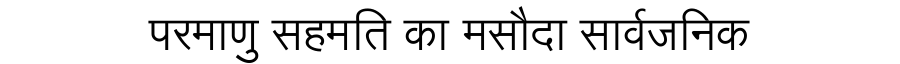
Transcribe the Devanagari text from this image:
परमाणु सहमति का मसौदा सार्वजनिक